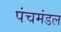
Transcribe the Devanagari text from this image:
पंचमंडल